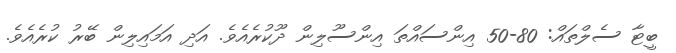
ބީޓާ ސެލްތައް: 80-50 އިންސައްތަ އިންސޫލިން ދޫކުރެއެވެ. އަދި އަމައިލިން ބޭރު ކުރެއެވެ.